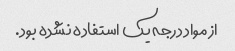
از مواد درجه یک استفاده نشده بود.